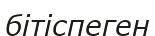
бітіспеген